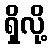
ရှိလို့